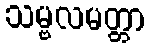
သမ္ဗလမတ္တာ